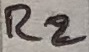
Text: R2